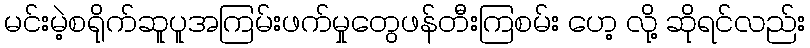
မင်းမဲ့စရိုက်ဆူပူအကြမ်းဖက်မှုတွေဖန်တီးကြစမ်း ဟေ့ လို့ ဆိုရင်လည်း